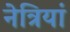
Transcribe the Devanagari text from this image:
नेत्रियां